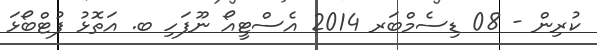
ކުރިން - 08 ޑިސެމްބަރ 2014 އެސްޓީއޯ ނޫފަހި ބ. އަތޮޅު ފުޓްބޯޅަ